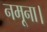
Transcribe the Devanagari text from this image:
नमूना।